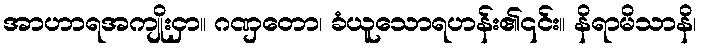
အာဟာရအကျိုးငှာ။ ဂဏှတော၊ ခံယူသောရဟန်း၏၎င်း။ နိရာမိသာနိ၊